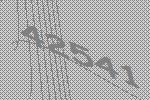
42541